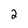
Character: 2